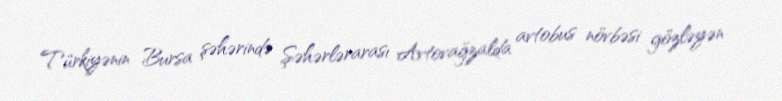
Türkiyənin Bursa şəhərində Şəhərlərarası Avtovağzalda avtobus növbəsi gözləyən